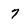
Character: 7